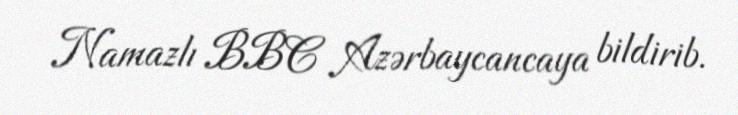
Namazlı BBC Azərbaycancaya bildirib.